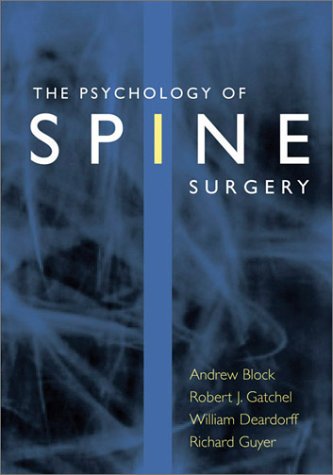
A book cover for The Psychology of Spine Surgery; Andrew R. Block; Health, Fitness & Dieting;